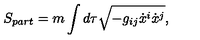
S _ { p a r t } = m \int d \tau \sqrt { - g _ { i j } \dot { x } ^ { i } \dot { x } ^ { j } } ,